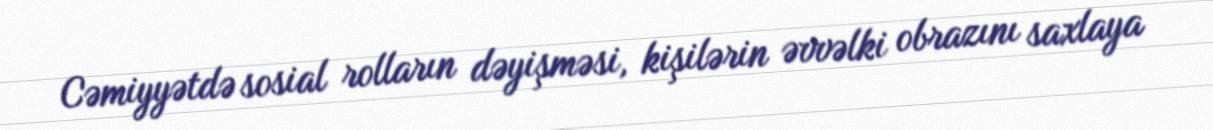
Cəmiyyətdə sosial rolların dəyişməsi, kişilərin əvvəlki obrazını saxlaya